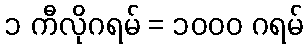
၁ ကီလိုဂရမ် = ၁၀၀၀ ဂရမ်